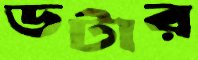
ডটার